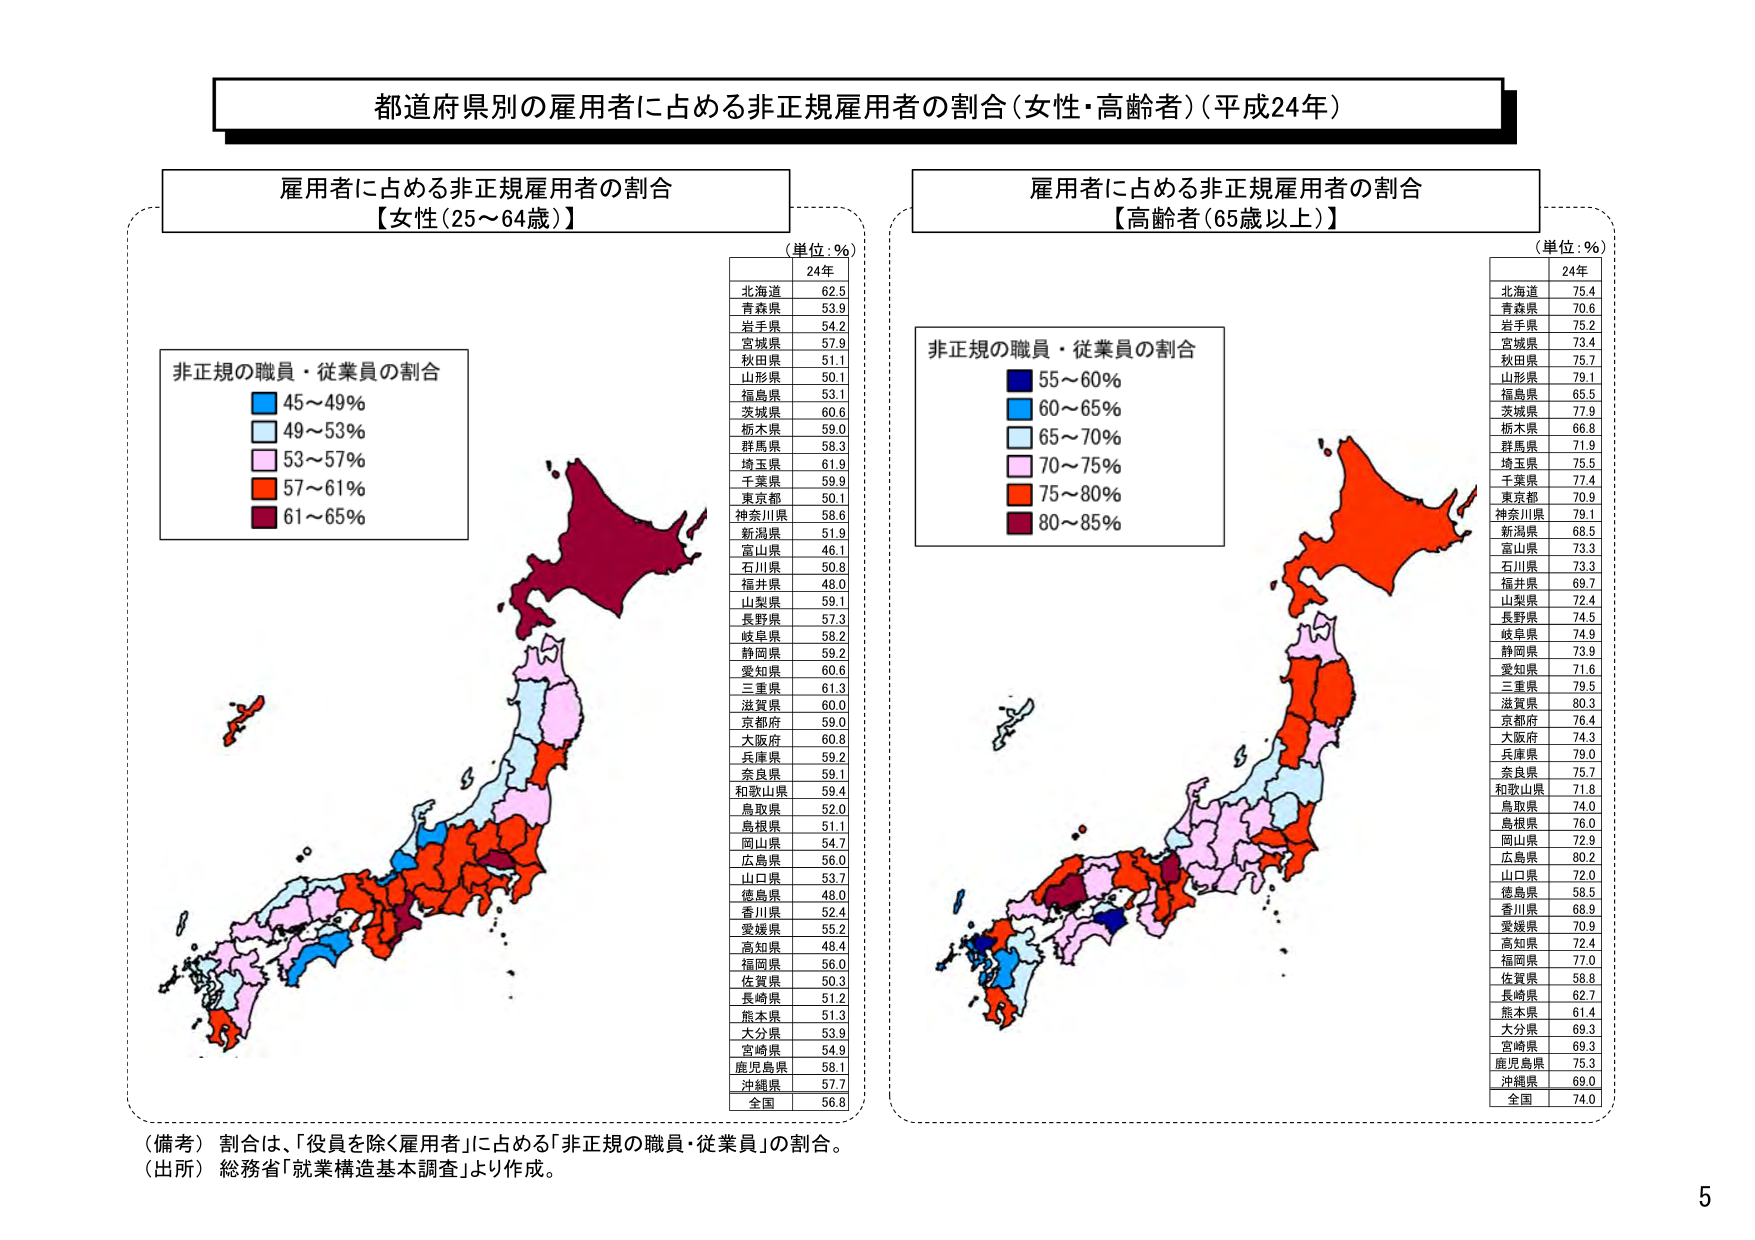
都道府県別の雇用者に占める非正規雇用者の割合（女性・高齢者）（平成24年）

雇用者に占める非正規雇用者の割合
【女性（25～64歳）】

（単位：％）
24年
北海道 62.5
青森県 53.9
岩手県 54.2
宮城県 57.9
秋田県 51.1
山形県 50.1
福島県 53.1
茨城県 60.6
栃木県 59.0
群馬県 58.3
埼玉県 61.9
千葉県 59.9
東京都 50.1
神奈川県 58.6
新潟県 51.9
富山県 46.1
石川県 50.8
福井県 48.0
山梨県 59.1
長野県 57.3
岐阜県 58.2
静岡県 59.2
愛知県 60.6
三重県 61.3
滋賀県 60.0
京都府 59.0
大阪府 60.8
兵庫県 59.2
奈良県 59.1
和歌山県 59.4
鳥取県 52.0
島根県 51.1
岡山県 54.7
広島県 56.0
山口県 53.7
徳島県 48.0
香川県 52.4
愛媛県 55.2
高知県 48.4
福岡県 56.0
佐賀県 50.3
長崎県 51.2
熊本県 51.3
大分県 53.9
宮崎県 54.9
鹿児島県 58.1
沖縄県 57.7
全国 56.8

非正規の職員・従業員の割合
■ 45～49％
■ 49～53％
■ 53～57％
■ 57～61％
■ 61～65％

雇用者に占める非正規雇用者の割合
【高齢者（65歳以上）】

（単位：％）
24年
北海道 75.4
青森県 70.6
岩手県 75.2
宮城県 73.4
秋田県 75.7
山形県 79.1
福島県 65.5
茨城県 77.9
栃木県 66.8
群馬県 71.9
埼玉県 75.5
千葉県 77.4
東京都 70.9
神奈川県 79.1
新潟県 68.5
富山県 73.3
石川県 73.3
福井県 69.7
山梨県 72.4
長野県 74.5
岐阜県 74.9
静岡県 73.9
愛知県 71.6
三重県 79.5
滋賀県 80.3
京都府 76.4
大阪府 74.3
兵庫県 79.0
奈良県 75.7
和歌山県 71.8
鳥取県 74.0
島根県 76.0
岡山県 72.9
広島県 80.2
山口県 72.0
徳島県 58.5
香川県 68.9
愛媛県 70.9
高知県 72.4
福岡県 77.0
佐賀県 58.8
長崎県 62.7
熊本県 61.4
大分県 69.3
宮崎県 69.3
鹿児島県 75.3
沖縄県 69.0
全国 74.0

非正規の職員・従業員の割合
■ 55～60％
■ 60～65％
■ 65～70％
■ 70～75％
■ 75～80％
■ 80～85％

（備考） 割合は、「役員を除く雇用者」に占める「非正規の職員・従業員」の割合。
（出所） 総務省「就業構造基本調査」より作成。

5